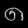
Digit: ၈